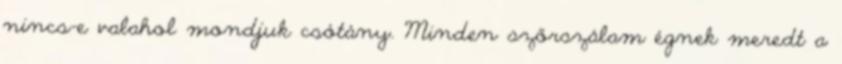
nincs-e valahol mondjuk csótány. Minden szőrszálam égnek meredt a